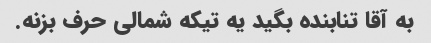
به آقا تنابنده بگید یه تیکه شمالی حرف بزنه.